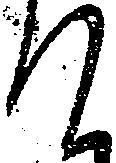
て